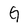
Character: G